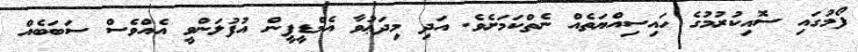
ފޯމުގައި ސޮއިކުރުމުގެ ހައިސިއްޔަތެއް ނެތްކަމަށެވެ. އަދި މިދަޢުވާ އެމްޑީޕީން އުފުލަންވީ އެއްވެސް ސަބަބެއް